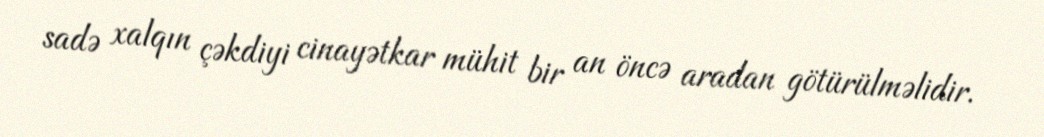
sadə xalqın çəkdiyi cinayətkar mühit bir an öncə aradan götürülməlidir.